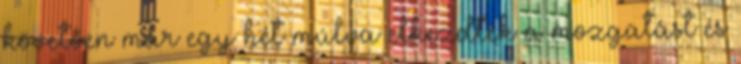
követően már egy hét múlva elkezdték a mozgatást és